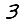
Digit: 3